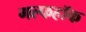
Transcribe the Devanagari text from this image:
गल्फहॉक